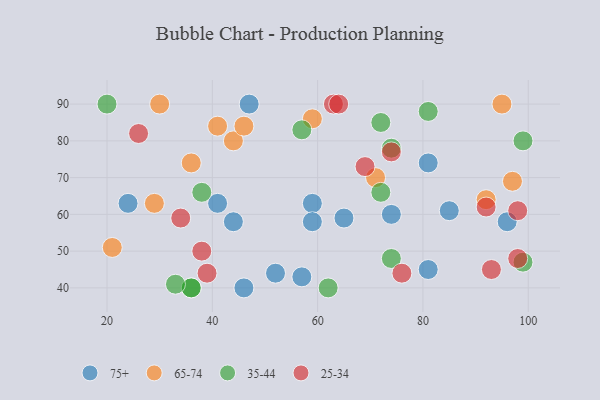
{"axis": {"x": "GDP", "y": "Life Expectancy"}, "legend": ["25-34", "35-44", "65-74", "75+"], "data": [{"x": "81", "y": 74, "type": "75+"}, {"x": "47", "y": 90, "type": "75+"}, {"x": "96", "y": 58, "type": "75+"}, {"x": "24", "y": 63, "type": "75+"}, {"x": "59", "y": 63, "type": "75+"}, {"x": "85", "y": 61, "type": "75+"}, {"x": "74", "y": 60, "type": "75+"}, {"x": "57", "y": 43, "type": "75+"}, {"x": "46", "y": 40, "type": "75+"}, {"x": "59", "y": 58, "type": "75+"}, {"x": "41", "y": 63, "type": "75+"}, {"x": "52", "y": 44, "type": "75+"}, {"x": "65", "y": 59, "type": "75+"}, {"x": "81", "y": 45, "type": "75+"}, {"x": "44", "y": 58, "type": "75+"}, {"x": "92", "y": 64, "type": "65-74"}, {"x": "97", "y": 69, "type": "65-74"}, {"x": "41", "y": 84, "type": "65-74"}, {"x": "44", "y": 80, "type": "65-74"}, {"x": "21", "y": 51, "type": "65-74"}, {"x": "46", "y": 84, "type": "65-74"}, {"x": "71", "y": 70, "type": "65-74"}, {"x": "59", "y": 86, "type": "65-74"}, {"x": "30", "y": 90, "type": "65-74"}, {"x": "29", "y": 63, "type": "65-74"}, {"x": "36", "y": 74, "type": "65-74"}, {"x": "95", "y": 90, "type": "65-74"}, {"x": "38", "y": 66, "type": "35-44"}, {"x": "74", "y": 78, "type": "35-44"}, {"x": "36", "y": 40, "type": "35-44"}, {"x": "99", "y": 80, "type": "35-44"}, {"x": "36", "y": 40, "type": "35-44"}, {"x": "72", "y": 85, "type": "35-44"}, {"x": "62", "y": 40, "type": "35-44"}, {"x": "72", "y": 66, "type": "35-44"}, {"x": "74", "y": 48, "type": "35-44"}, {"x": "20", "y": 90, "type": "35-44"}, {"x": "99", "y": 47, "type": "35-44"}, {"x": "33", "y": 41, "type": "35-44"}, {"x": "57", "y": 83, "type": "35-44"}, {"x": "81", "y": 88, "type": "35-44"}, {"x": "76", "y": 44, "type": "25-34"}, {"x": "92", "y": 62, "type": "25-34"}, {"x": "74", "y": 77, "type": "25-34"}, {"x": "63", "y": 90, "type": "25-34"}, {"x": "98", "y": 48, "type": "25-34"}, {"x": "26", "y": 82, "type": "25-34"}, {"x": "98", "y": 61, "type": "25-34"}, {"x": "93", "y": 45, "type": "25-34"}, {"x": "39", "y": 44, "type": "25-34"}, {"x": "69", "y": 73, "type": "25-34"}, {"x": "34", "y": 59, "type": "25-34"}, {"x": "38", "y": 50, "type": "25-34"}, {"x": "64", "y": 90, "type": "25-34"}]}